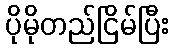
ပိုမိုတည်ငြိမ်ပြီး